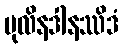
ပုလိနဒါနဿိဒံ